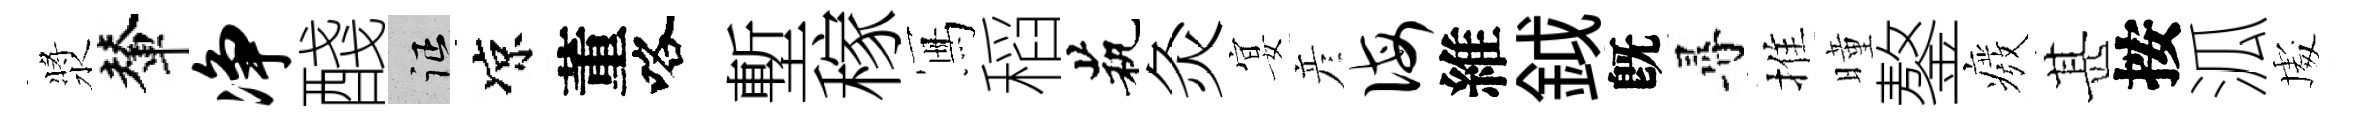
漿輦净醆征凉董咯塹稼冩稻茕灸宴彦诲維鉞旣尋推曈鏊癈甚按泒䖏